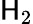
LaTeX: \mathsf{H}_{2}